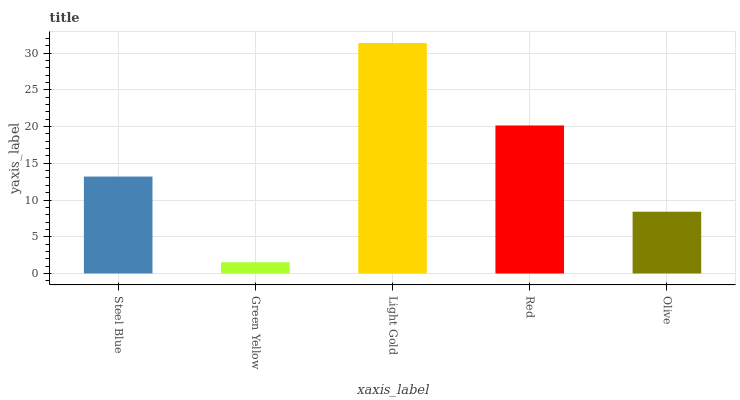
| xaxis_label | bars |
 | --- | --- |
 | Steel Blue | 13.2 |
 | Green Yellow | 1.53 |
 | Light Gold | 31.4 |
 | Red | 20.2 |
 | Olive | 8.41 |